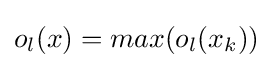
o_{l}(x)=max(o_{l}(x_{k}))